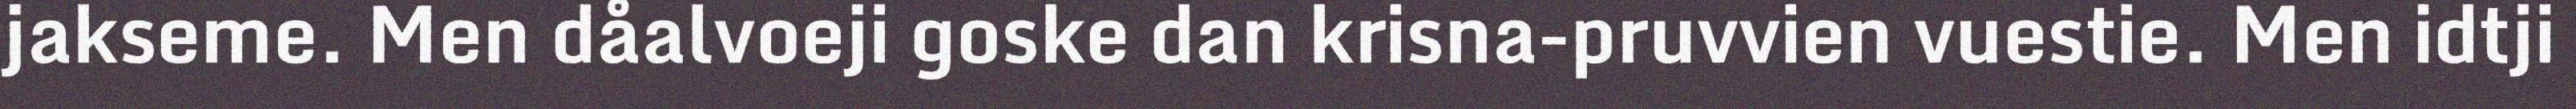
jakseme. Men dåalvoeji goske dan krisna-pruvvien vuestie. Men idtji